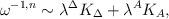
LaTeX: \begin{align*}\omega^{-1,n}\sim \lambda^\Delta K_\Delta+\lambda^A K_A,\end{align*}